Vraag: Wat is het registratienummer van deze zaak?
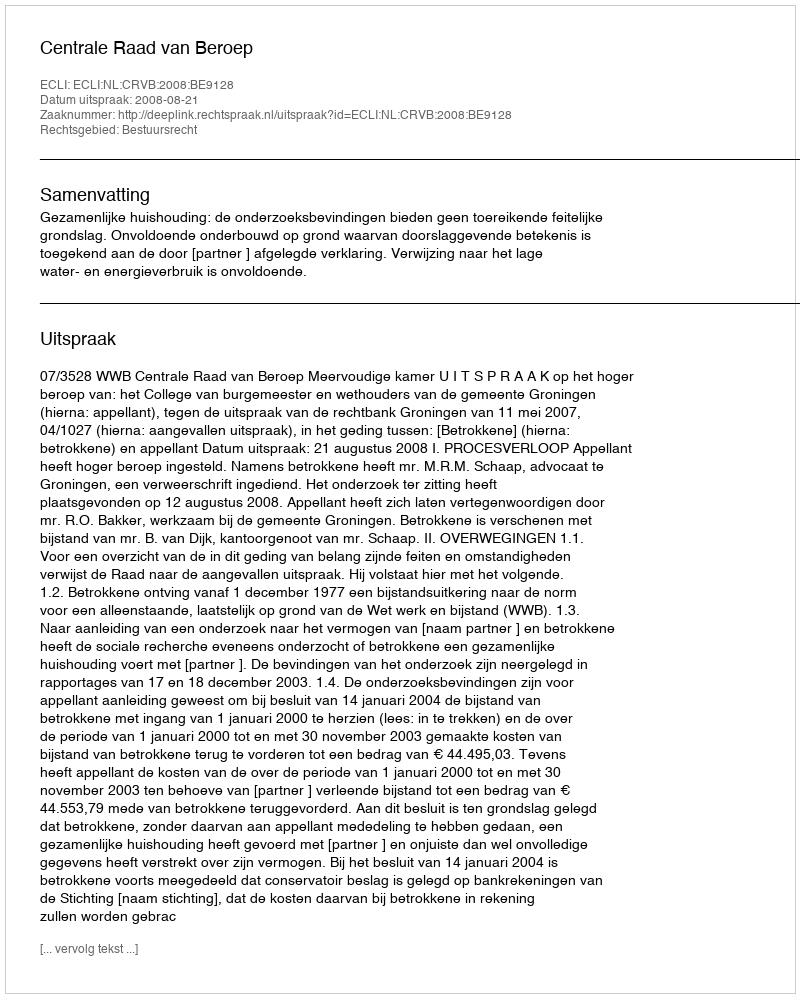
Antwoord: http://deeplink.rechtspraak.nl/uitspraak?id=ECLI:NL:CRVB:2008:BE9128